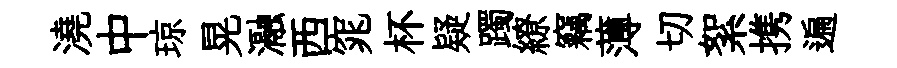
澆中琼晃瀜西窕杯疑躅繚竊薄切絮携遍